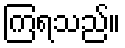
ကြရသည်။